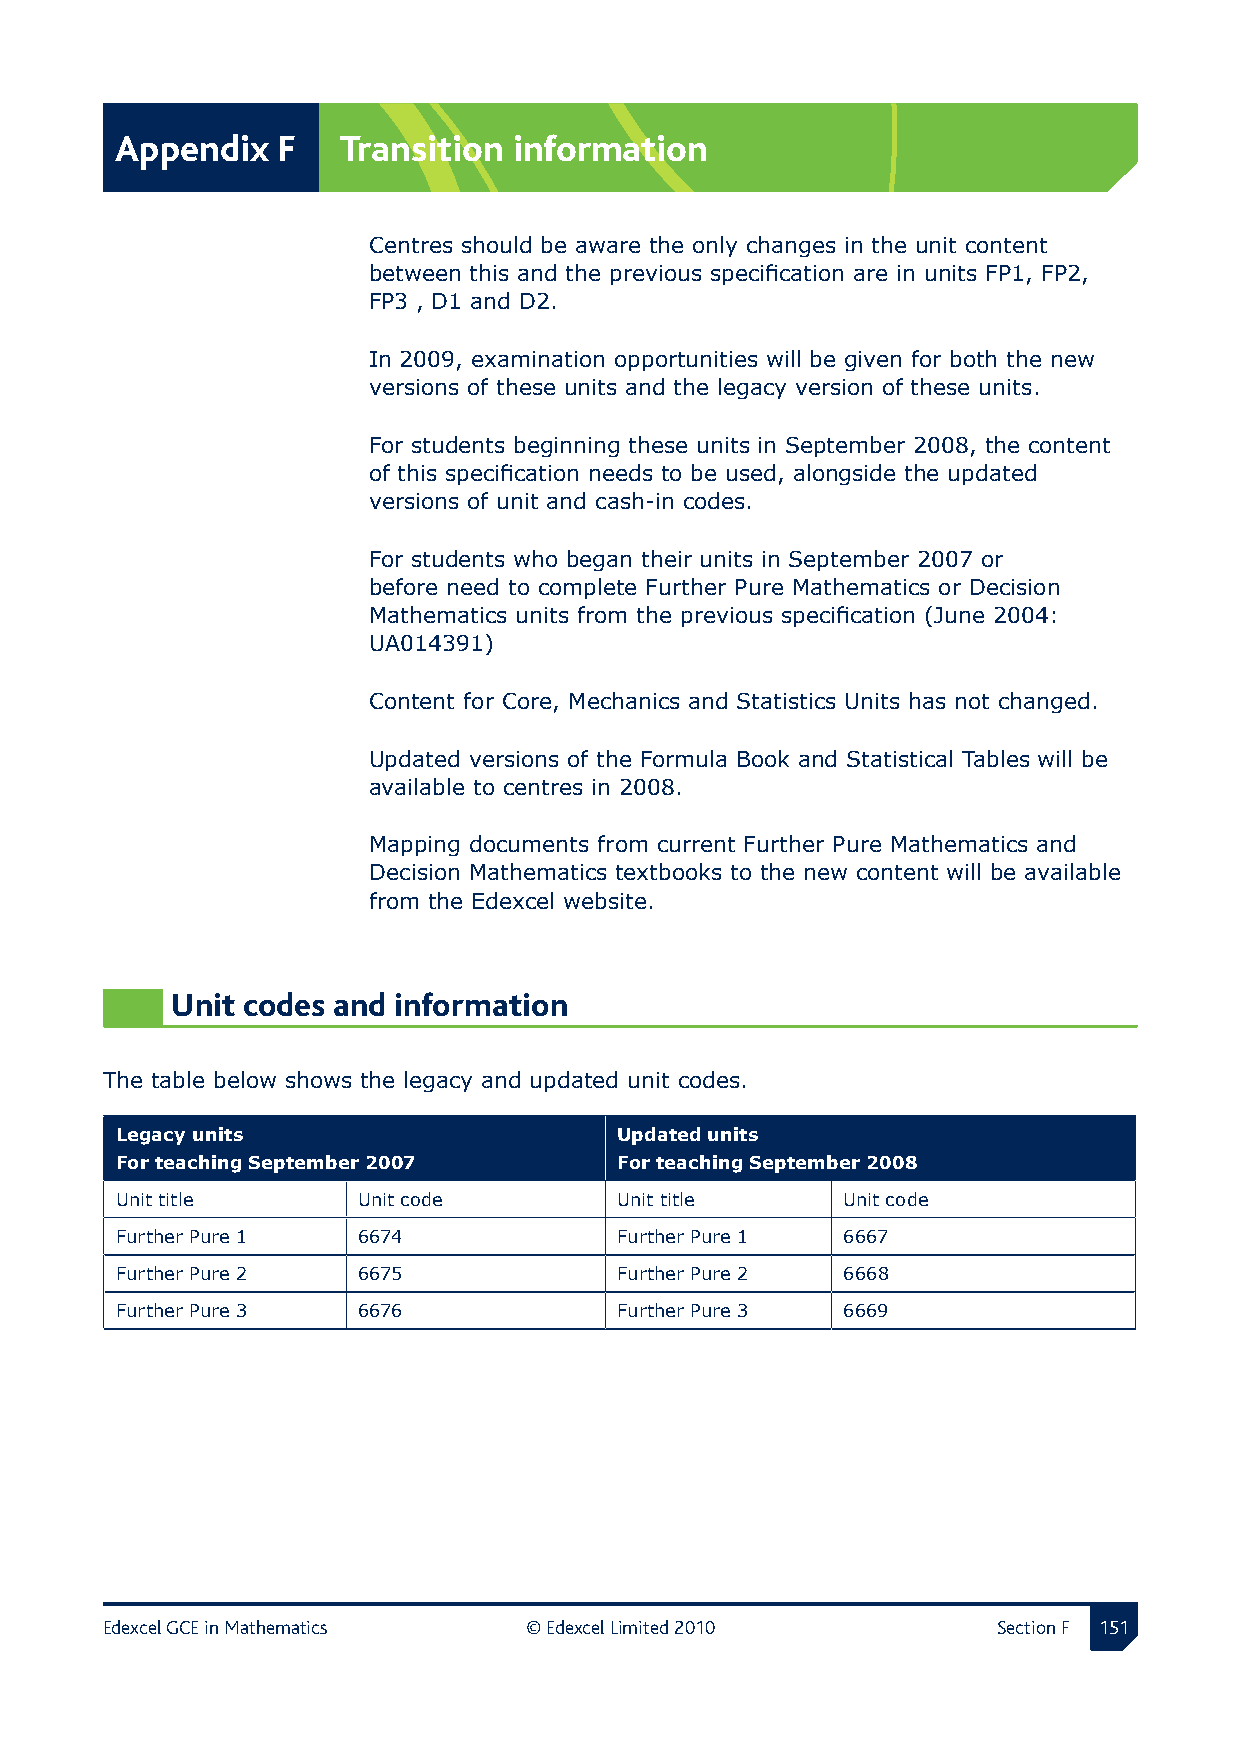
Appendix  F   Transition  information
 Centres should be aware the only changes in the unit content
 between this and the previous specification are in units FP1, FP2,
 FP3 , D1 and D2.
 In 2009, examination opportunities will be given for both the new
 versions of these units and the legacy version of these units.
 For students beginning these units in September 2008, the content
 of this specification needs to be used, alongside the updated
 versions of unit and cash-in codes.
 For students who began their units in September 2007 or
 before need to complete Further Pure Mathematics or Decision
 Mathematics units from the previous specification (June 2004:
 UA014391)
 Content for Core, Mechanics and Statistics Units has not changed.
 Updated versions of the Formula Book and Statistical Tables will be
 available to centres in 2008.
 Mapping documents from current Further Pure Mathematics and
 Decision Mathematics textbooks to the new content will be available
 from the Edexcel website.
 Unit codes and information
 The table below shows the legacy and updated unit codes.
 Legacy units                     Updated units
 For teaching September 2007      For teaching September 2008
 Unit title      Unit code        Unit title     Unit code
 Further Pure 1  6674             Further Pure 1 6667
 Further Pure 2  6675             Further Pure 2 6668
 Further Pure 3  6676             Further Pure 3 6669
 Edexcel GCE in Mathematics  © Edexcel Limited 2010         Section F 11